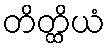
တိတ္ထိယံ